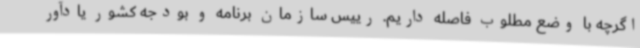
اگرچه با وضع مطلوب فاصله داریم. رییس سازمان برنامه و بودجه کشور یادآور